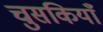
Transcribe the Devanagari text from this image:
चुसकियाँ